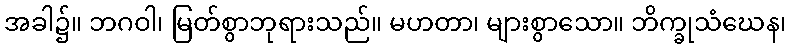
အခါ၌။ ဘဂဝါ၊ မြတ်စွာဘုရားသည်။ မဟတာ၊ များစွာသော။ ဘိက္ခုသံဃေန၊